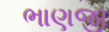
ભાણજી